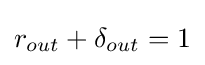
r_{out}+\delta _{out}=1